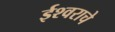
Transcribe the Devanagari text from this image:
ईश्‍वराचे